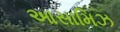
આસામિઝ